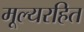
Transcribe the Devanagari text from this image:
मूल्यरहित